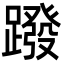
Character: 蹳